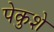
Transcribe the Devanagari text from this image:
पेकुशे